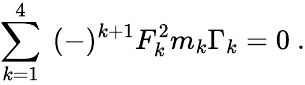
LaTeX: \sum_{k=1}^{4}~(-)^{k+1}F_{k}^{2}m_{k}\Gamma_{k}=0\ .